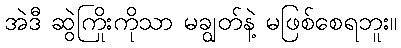
အဲဒီ ဆွဲကြိုးကိုသာ မချွတ်နဲ့ မဖြစ်စေရဘူး။